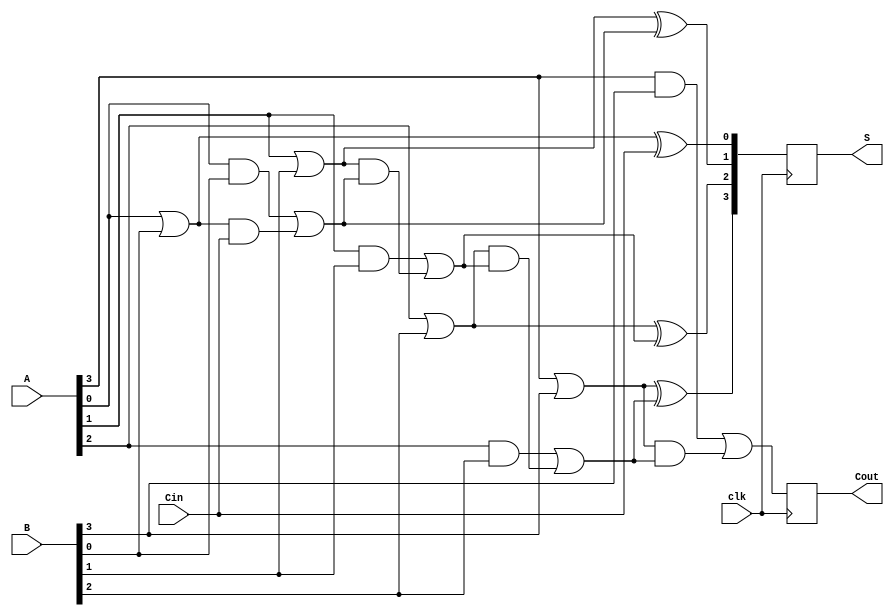
module pipelined_carry_lookahead_adder #(parameter N = 4) (
    input wire clk,
    input wire [N-1:0] A,
    input wire [N-1:0] B,
    input wire Cin,
    output reg [N-1:0] S,
    output reg Cout
);

    // Generate and Propagate signals
    reg [N-1:0] G;
    reg [N-1:0] P;
    
    // Carry signals
    reg [N:0] C;

    // Stage registers for pipelining
    reg [N-1:0] S_reg;
    reg Cout_reg;

    // Carry Lookahead Logic generation
    integer i;
    always @(*) begin
        // Generate and Propagate calculations
        for (i = 0; i < N; i = i + 1) begin
            G[i] = A[i] & B[i];   // Generate
            P[i] = A[i] | B[i];   // Propagate
        end
    end

    // Carry Calculation
    always @(*) begin
        C[0] = Cin; // Initial carry-in
        for (i = 1; i <= N; i = i + 1) begin
            C[i] = G[i-1] | (P[i-1] & C[i-1]); // Carry for each stage
        end
    end

    // Sum Calculation
    always @(*) begin
        for (i = 0; i < N; i = i + 1) begin
            S_reg[i] = P[i] ^ C[i]; // Sum for each bit
        end
        Cout_reg = C[N]; // Final carry-out
    end

    // Pipelining: Register the output on clock edge
    always @(posedge clk) begin
        S <= S_reg;
        Cout <= Cout_reg;
    end

endmodule